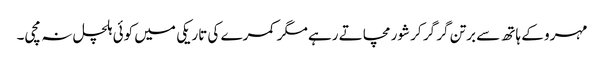
مہرو کے ہاتھ سے برتن گر گر کر شور مچاتے رہے مگر کمرے کی تاریکی میں کوئی ہلچل نہ مچی۔